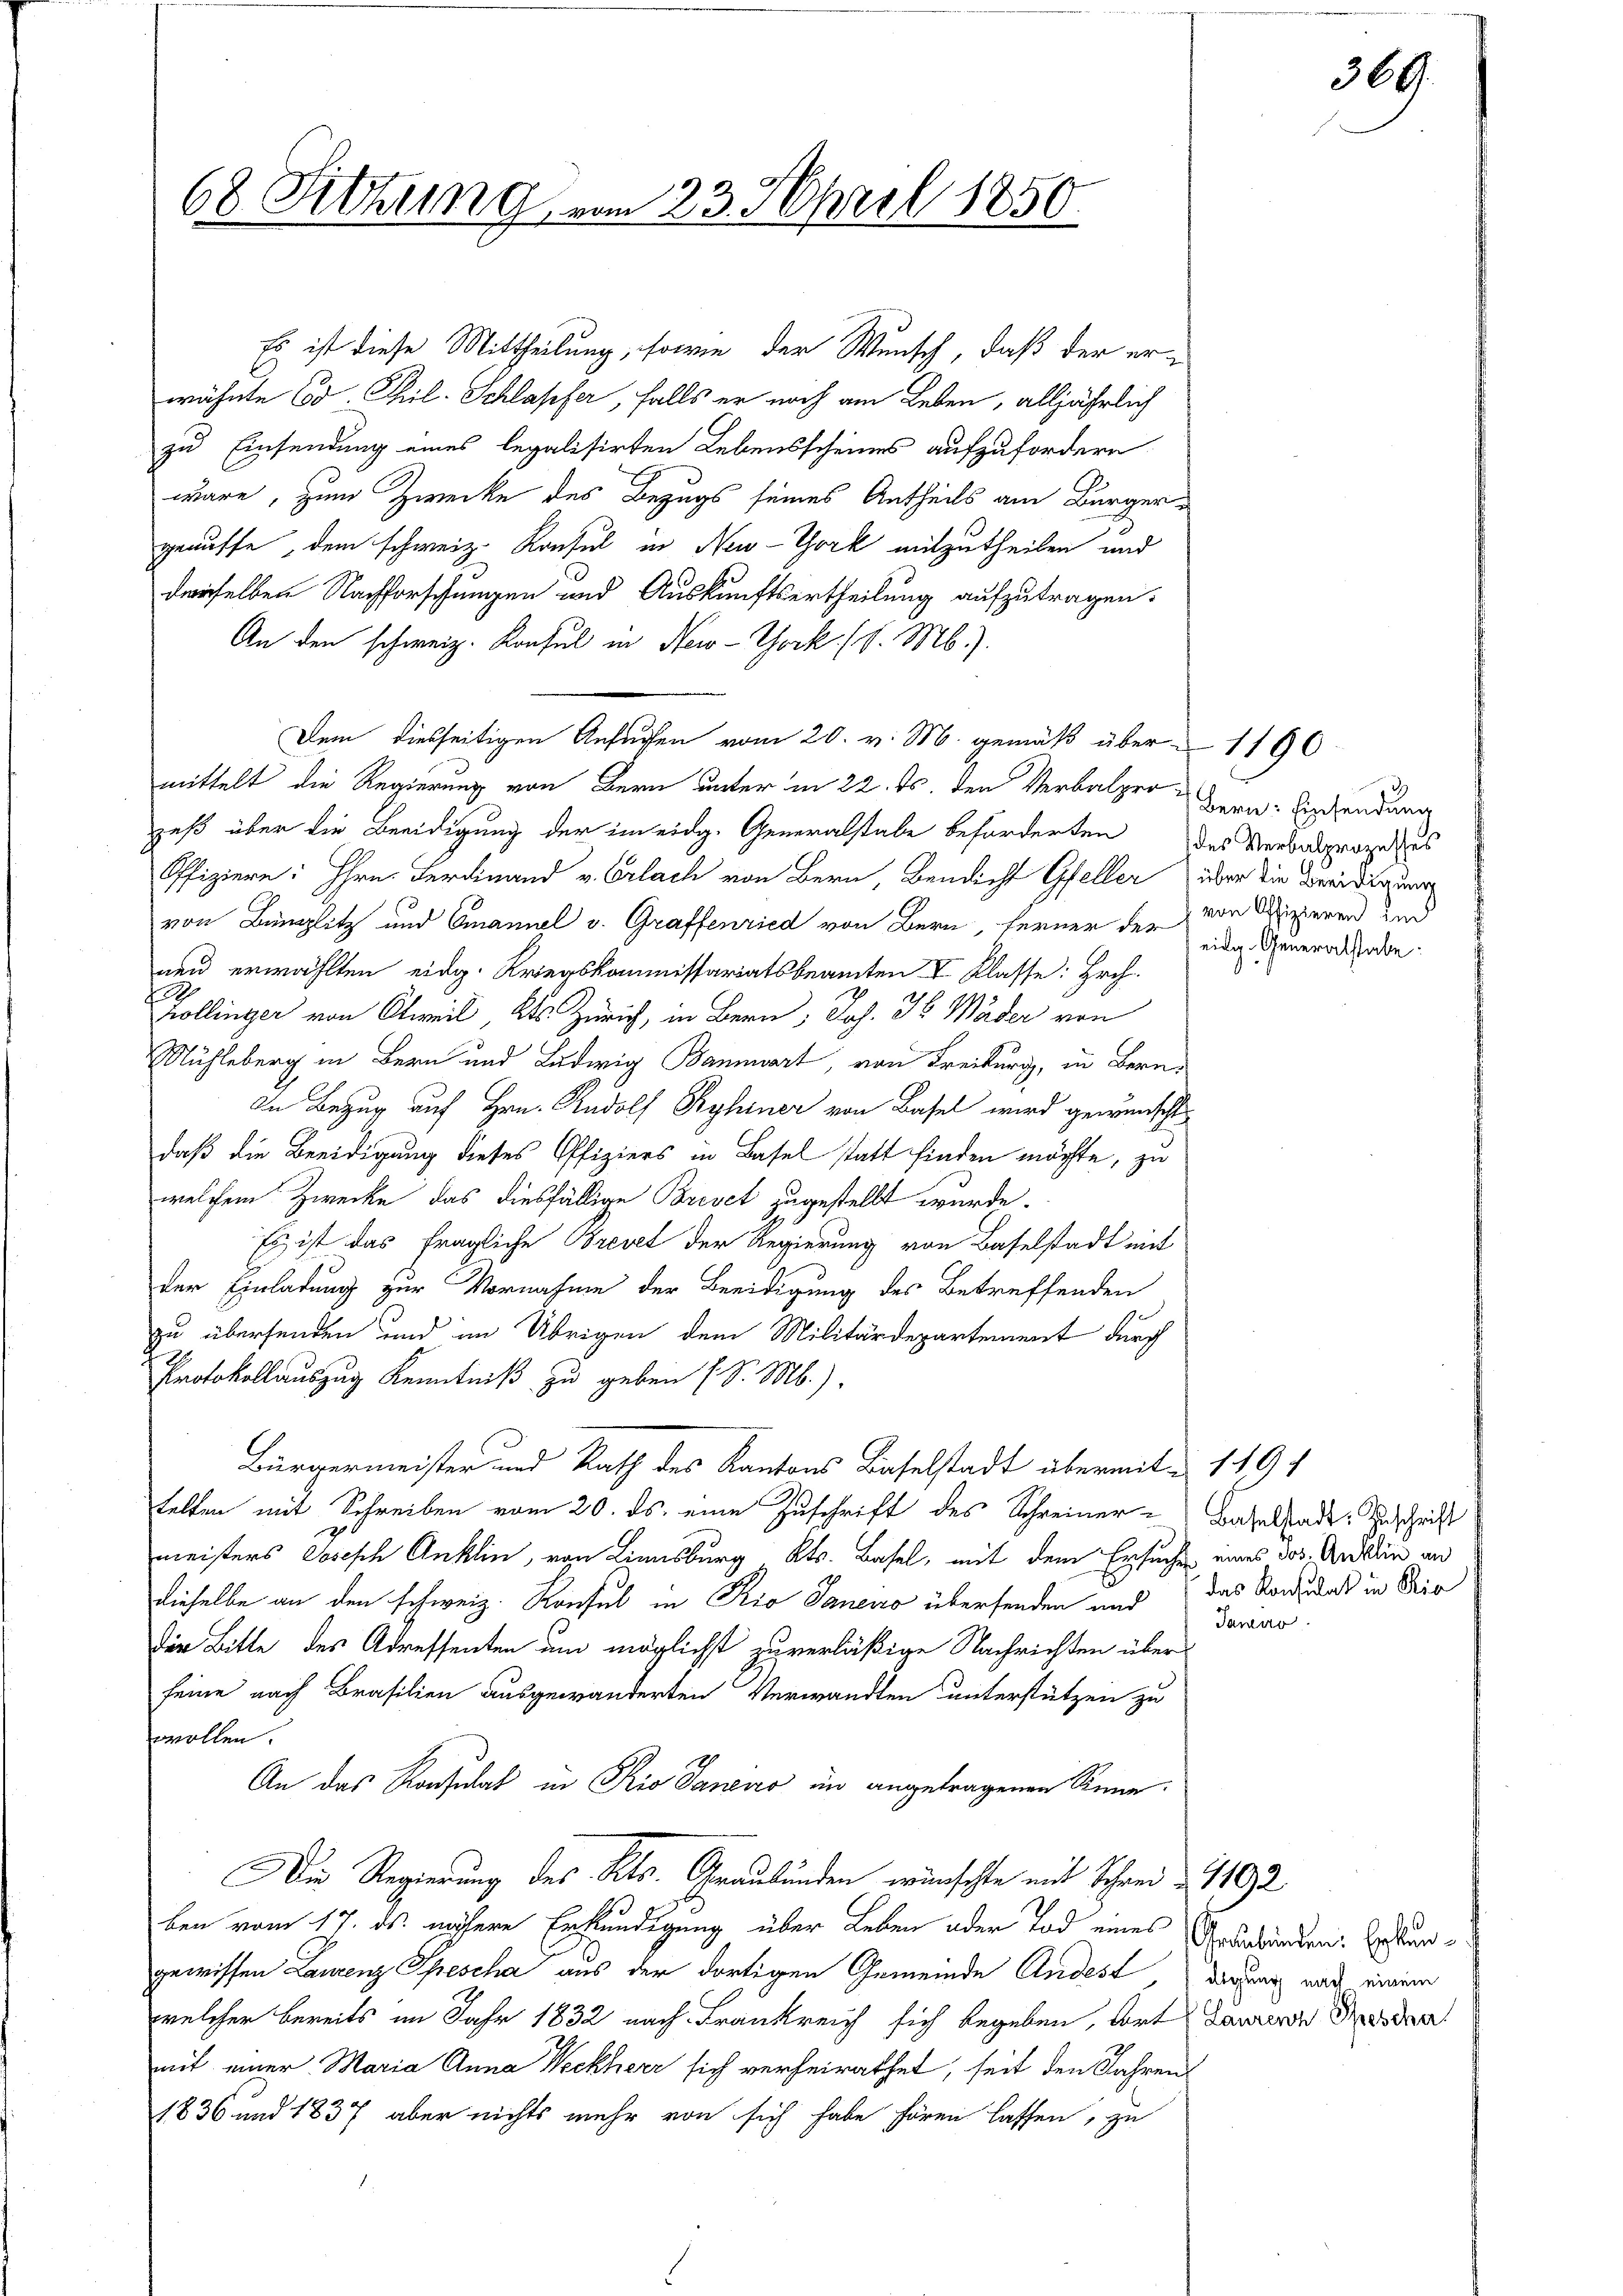
68 Sitzung vom 23. April 1850
A

Es ist diese Mittheilung, sowie der Wunsch, daß der erwähnte Cod. Thil. Schlapfer, falls er noch am Leben, alljährlich
zu Einsendung eines legalisirten Lebensscheines aufzufordern
wäre, zum Zwecke des Bezugs seines Antheils am Bürgergenuffe, dem schweiz. Konsul in New-York mitzutheilen und
derselben Nachforschungen und Auskunftsertheilung aufzutragen.
An den schweiz. Konsul in New-York (d. M.).
Dem diesseitigen Ansuchen vom 20. v. M. gemäß über 1190
mittelt die Regierung von Bern unter in 22. ds. den Verbalper Bern: Einsendung
zeß über die Beeidigung der im eidg. Generalstabe beförderten des Verbalprozedus
Offiziere: Hhrn. Ferdinand v. Erlach von Bern, Bendicht Gfeller über die Beeidigung
von Binglitz und Emanuel v. Graffenried von Bern, ferner der eine Generalhabe.
neu erwählten eidg. Kriegskommissariatsbeamten V Klasse: Hch.
2
Kollinger von Oetweil, Kts Zürich, in Bern, Joh. K Mäder von
Rühleberg in Bern und Ludwig Bannwart, von Freiburg, in Bern¬
In Bezug auf Hrn. Rudolf Byhiner von Basel wird gewünscht
daß die Beeidigung dieses Offiziers in Basel statt finden möchte, zu
welchem Zwecke das diesfällige Brevet zugestellt wurde.
Es ist das fragliche Brevet der Regierung von Baselstadt mit
der Einladung zur Vornahme der Beeidigung des Betreffenden
zu übersenden und im Übrigen dem Militärdepartement durch
Protokollauszug Kenntniß zu geben (S. Mb.).
Bürgermeister und Rath des Kantons Baselstadt übermit 149 f
telten mit Schreiben vom 20. ds. eine Zuschrift des Schreiner
meisters Josisch Anklin, von Linnsburg, Kts. Basel, mit dem Ersuche eines dos. Andelin an
dieselbe an den schweiz. Konsul in Rio Saneno übersenden und
Der Bitte des Adressenten um möglichst zuverläßige Nachrichten über
feine nach Brasilien ausgewanderten Verwandten unterstützen zu
wollen.
An das Konsulat in Rio danaro in angetragenen Reine.
Die Regierung des Kts. Graubünden wünschte mit Schrei & 1102
ben vom 17. ds. nähere Erkundigung über Leben oder Tod eines Anerbinden. Erstungewissen Laurenz Spescha aus der dortigen Gemeinde Andest, darnach nach einem
welcher bereits im Jahr 1832 nach Frankreich sich begeben, dort Laurer Meda
mit einer Maria Anna Weckherr sich verheirathet, seit den Jahren
1836 und 1837 aber nichts mehr von sich habe hören lassen, zu

von Offizieren und

369.

Baselstadt: Zuschrift
das Konsulat in Rio
Tawas